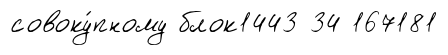
совоку́пному блок1443 34 167181